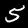
Digit: 5